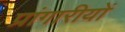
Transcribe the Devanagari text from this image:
प्रांगारीयों